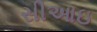
સીઆઇ